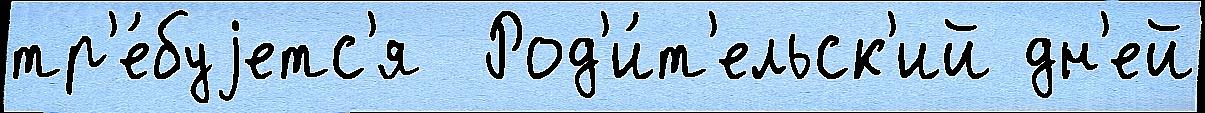
тр'е́буjетс'я  Род'и́т'ельск'ий дн'ей